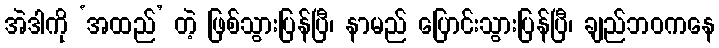
အဲဒါကို ‘အထည်’ တဲ့ ဖြစ်သွားပြန်ပြီ၊ နာမည် ပြောင်းသွားပြန်ပြီ၊ ချည်ဘဝကနေ